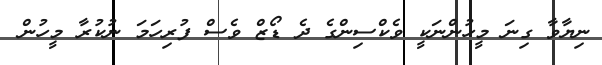
ނިޔާވާ ގިނަ މީހުންނަކީ ވެކްސިންގެ ދެ ޑޯޒް ވެސް ފުރިހަމަ ނުކުރާ މީހުން